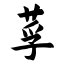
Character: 莩